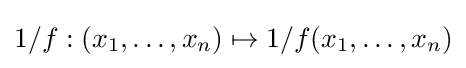
1/f:(x_{1},\ldots ,x_{n})\mapsto 1/f(x_{1},\ldots ,x_{n})